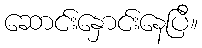
ဆောင်းနှောင်းနေပြီ။